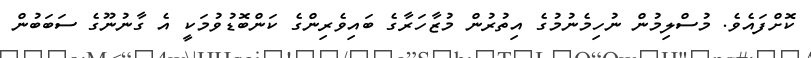
ކޮށްފައެވެ. މުސްލިމުން ނުހިމެނުމުގެ އިތުރުން މުޒާހަރާގެ ބައިވެރިންގެ ކަންބޮޑުވުމަކީ އެ ގާނުނޫގެ ސަބަބުން